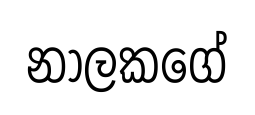
නාලකගේ